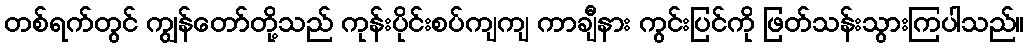
တစ်ရက်တွင် ကျွန်တော်တို့သည် ကုန်းပိုင်းစပ်ကျကျ ကာချီနား ကွင်းပြင်ကို ဖြတ်သန်းသွားကြပါသည်။